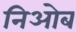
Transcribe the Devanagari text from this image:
निओब